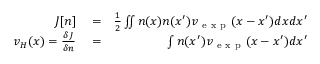
\begin{array} { r l r } { J [ n ] } & { { } = } & { \frac { 1 } { 2 } \iint n ( x ) n ( x ^ { \prime } ) v _ { \mathrm { ~ e ~ x ~ p ~ } } ( x - x ^ { \prime } ) d x d x ^ { \prime } } \\ { v _ { H } ( x ) = \frac { \delta J } { \delta n } } & { { } = } & { \int n ( x ^ { \prime } ) v _ { \mathrm { ~ e ~ x ~ p ~ } } ( x - x ^ { \prime } ) d x ^ { \prime } } \end{array}